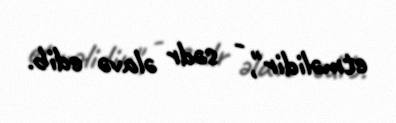
etməlidir", - sədr əlavə edib.